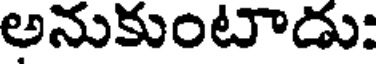
అనుకుంటాడు: